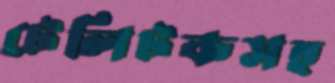
টেলিটকসহ